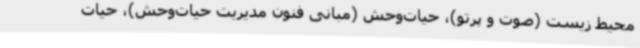
محیط ‌زیست (صوت و پرتو)، حیات‌وحش (مبانی فنون مدیریت حیات‌وحش)، حیات